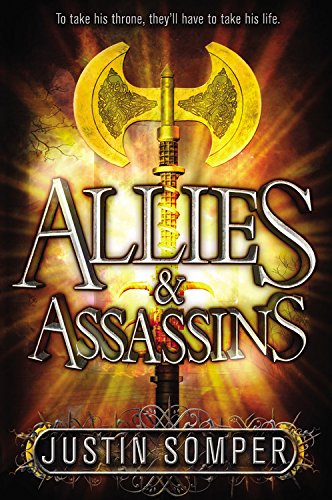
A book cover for Allies & Assassins; Justin Somper; Teen & Young Adult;